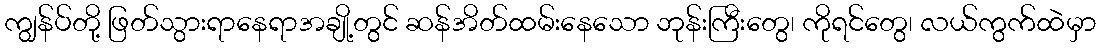
ကျွန်ပ်တို့ ဖြတ်သွားရာနေရာအချို့တွင် ဆန်အိတ်ထမ်းနေသော ဘုန်းကြီးတွေ၊ ကိုရင်တွေ၊ လယ်ကွက်ထဲမှာ